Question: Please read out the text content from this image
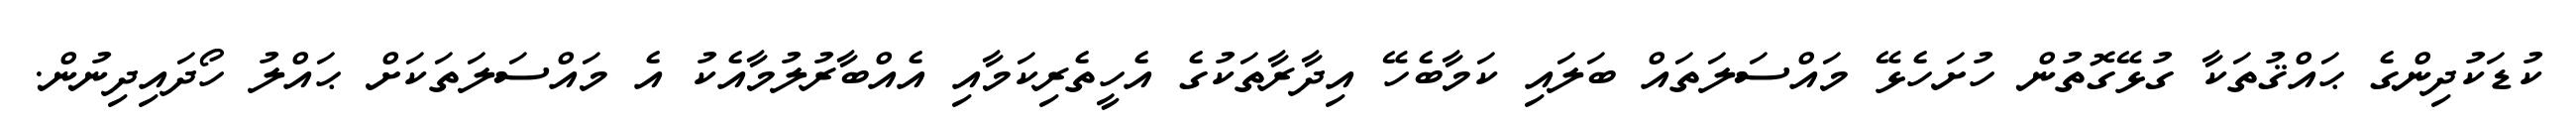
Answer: ކުޑަކުދިންގެ ޙައްޤުތަކާ ގުޅޭގޮތުން ހުށަހެޅޭ މައްސަލަތައް ބަލައި ކަމާބެހޭ އިދާރާތަކުގެ އެހީތެރިކަމާއި އެއްބާރުލުމާއެކު އެ މައްސަލަތަކަށް ޙައްލު ހޯދައިދިނުން.